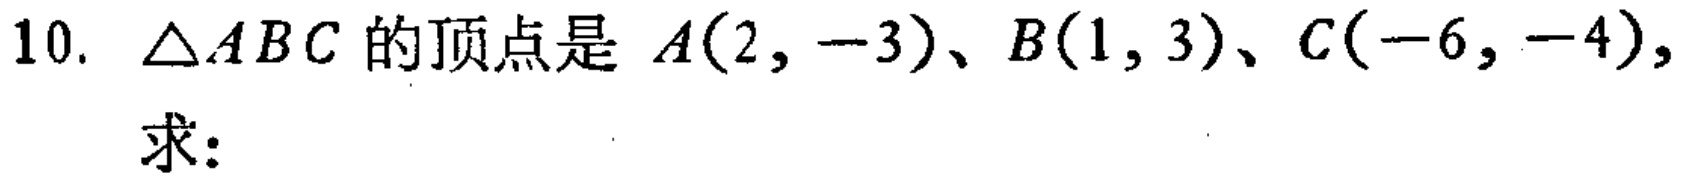
$10.\ \triangle ABC$的顶点是$A(2, -3)$、$B(1, 3)$、$C(-6, -4),$
求：